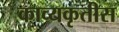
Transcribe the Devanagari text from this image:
काव्यकृतीस